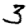
Digit: 3